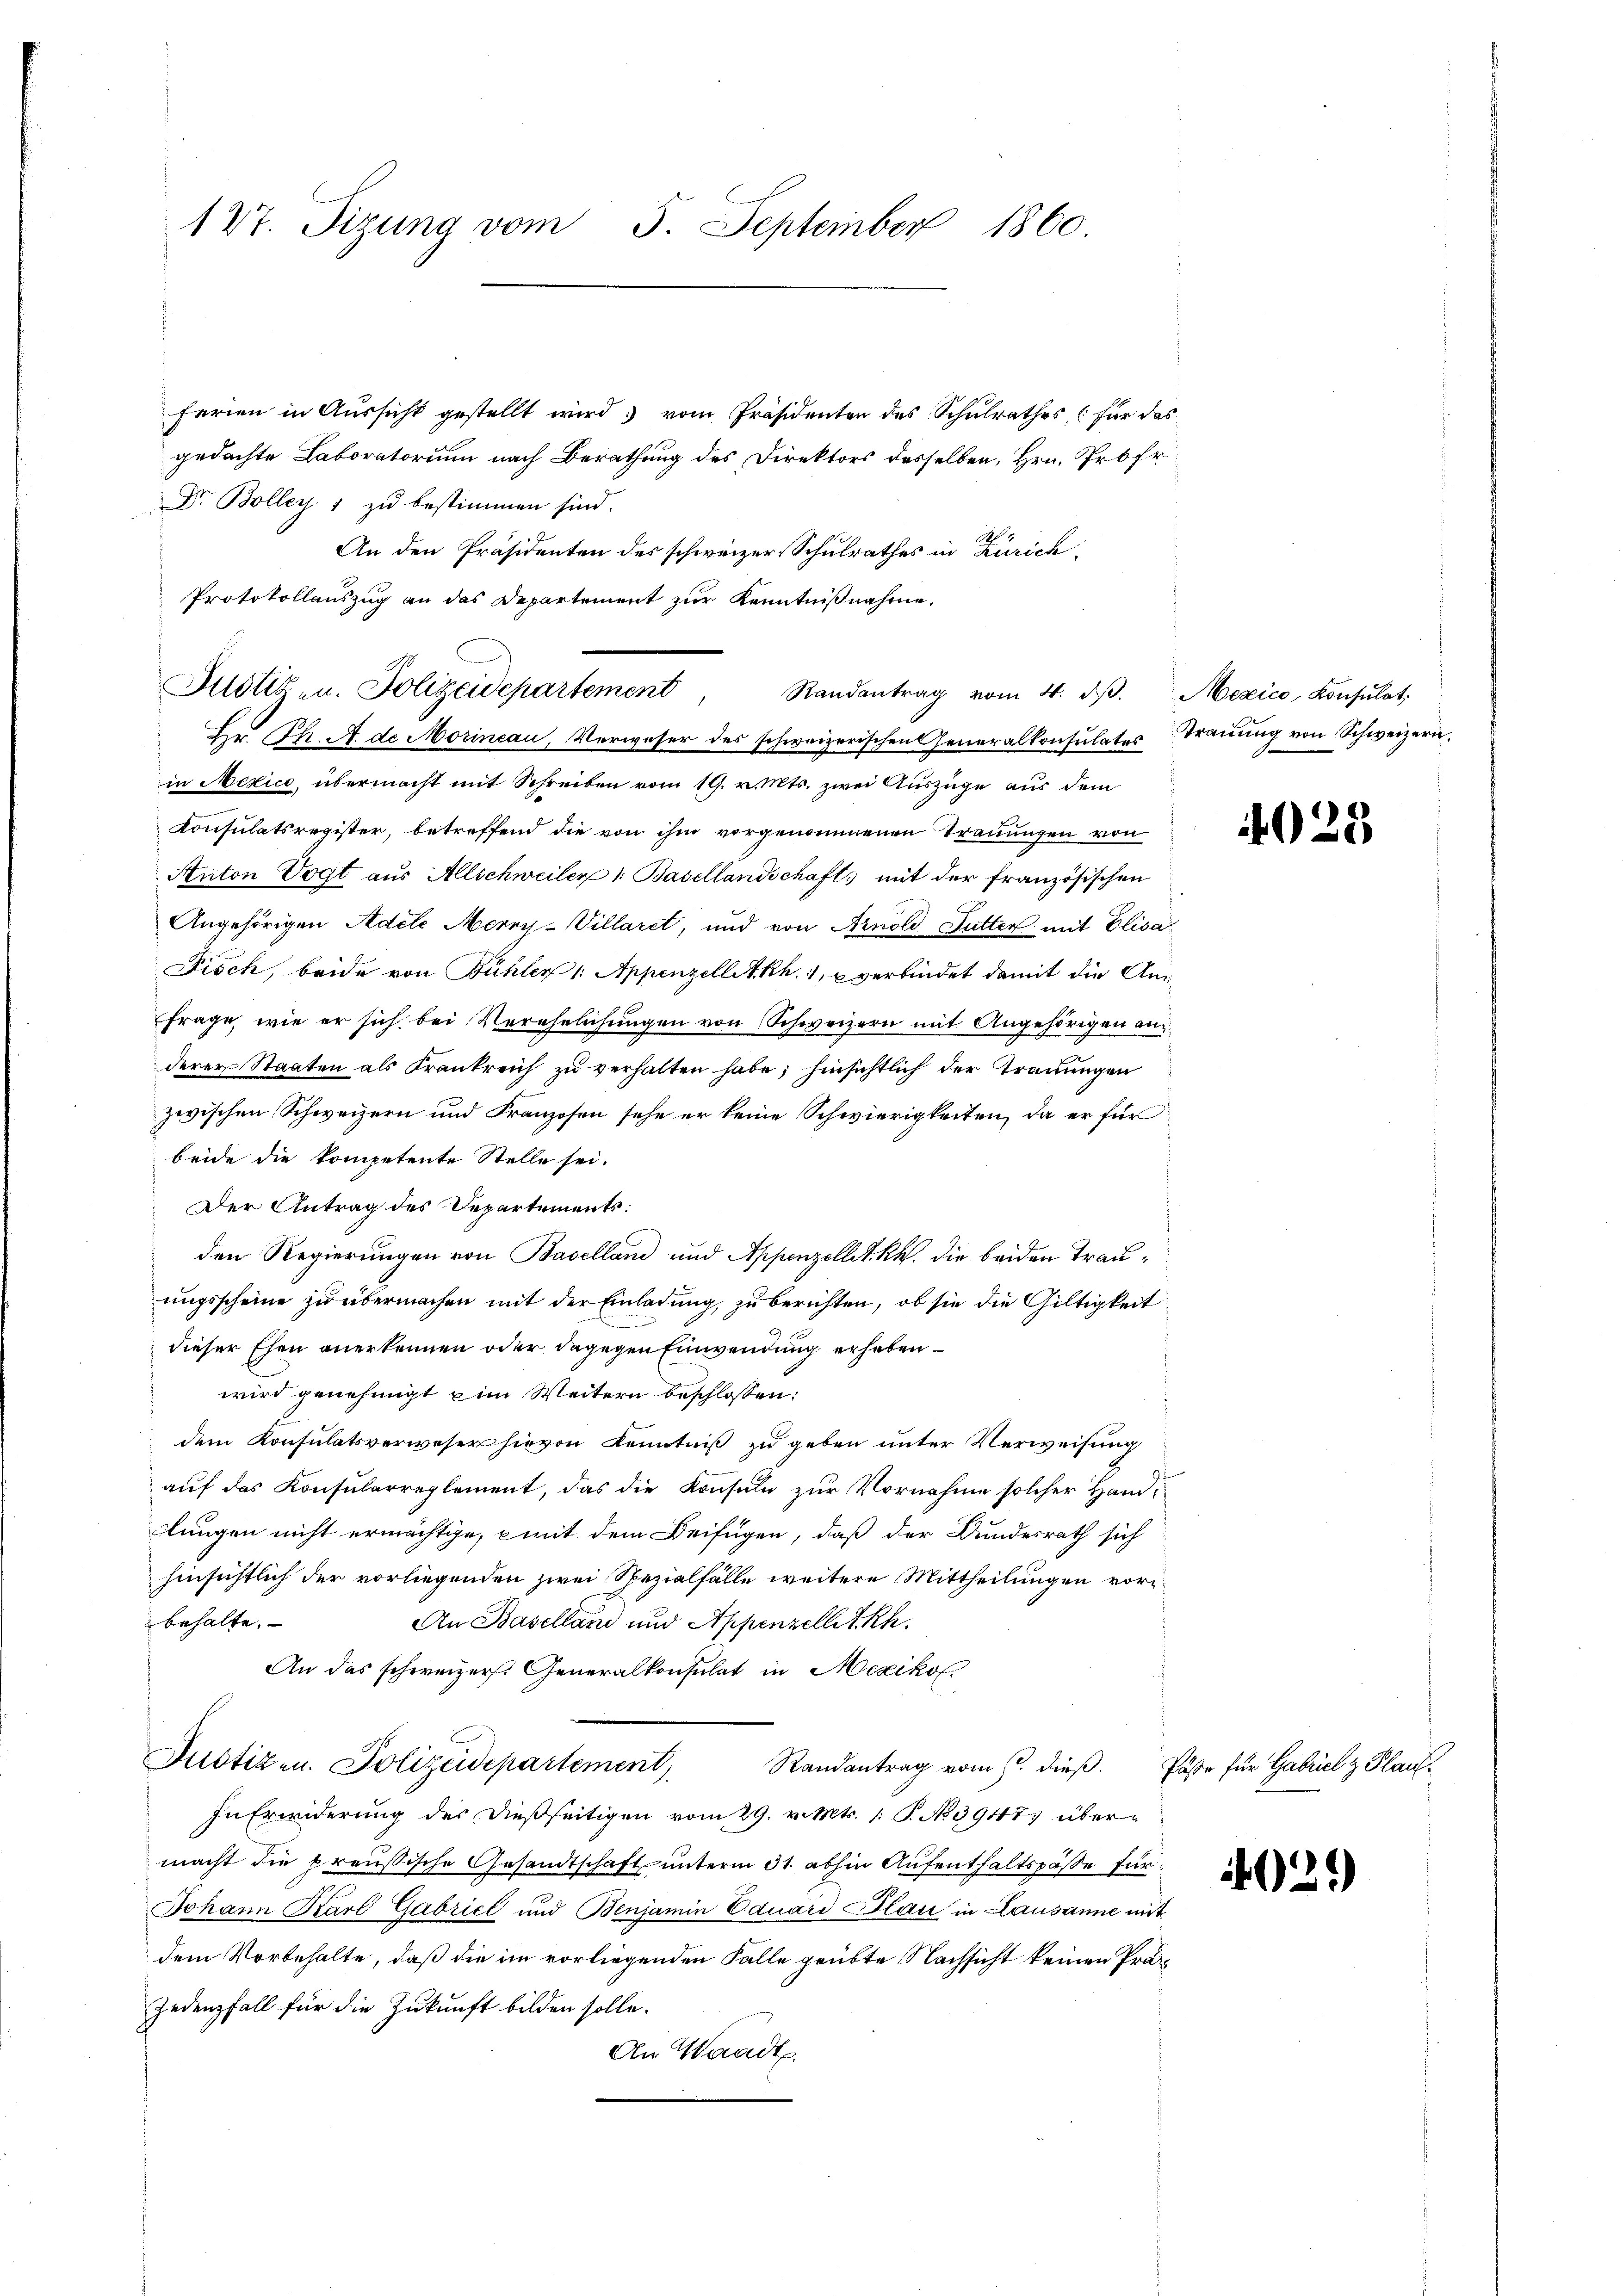
ferien in Aussicht gestellt wird; vom Präsidenten des Schulrathes, (für das
gedachte Laboratorium nach Berathung des Direktors desselben, Hrn. Profe
Dr. Bolley 1 zu bestimmen sind.
An den Präsidenten des schweizer Schulrathes in Zürich
Protokollauszug an das Departement zur Kenntnißnahme,
Hr. Ph. A. de Morincau, Verweser des schweizerischen Generalkonsulates Trauung von Schweizern.
in Mexico, übermacht mit Schreiben vom 19. v. Mts. zwei Auszüge aus dem
Consulatsregister, betreffend die von ihm vorgenommenen Trauungen von
Anton Vogt aus Allschweiler 1. Basellandschaft mit der französischen
Angehörigen Adele Merry-Villaret, und von Arnold Futter mit Elisa
Fisch, beide von Bühler 1. Appenzelletkh. 1, u verbindet damit die An¬
Frage, wie er sich bei Verehelichungen von Schweizern mit Angehörigen an
derer Staaten als Frankreich zu verhalten habe; hinsichtlich der Trauungen
zwischen Schweizern und Franzosen sehe er keine Schwierigkeiten, da er für
beide die kompetente Stelle sei.
Der Antrag des Departements:
den Regierungen von Baselland und Appenzellet kk. die beiden Trauungsscheine zu übermachen mit der Einladung, zu berichten, ob sie die Gültigkeit
dieser Ehen anerkennen oder dagegen Einwendung erheben
wird genehmigt im Weitern beschlossen:
dem Konsulatsverweser hievon Kenntniß zu geben unter Verweisung
auf das Konsularreglement, das die Konsuln zur Vornahme solcher Handlungen nicht ermächtige, mit dem Beifügen, daß der Bundesrath sich
hinsichtlich der vorliegenden zwei Spezialfälle weitere Mittheilungen vorbehalte.
An Baselland und Appenzellet kh.
An das schweizers. Generalkonsulat in Mexikos
Justizen. Polizeidepartement Randantrag vom 6. dieβ. Päße für Gabel & Plau¬
In Erwiderung des dießseitigen vom 29. v. Mts. 1 S. No 3917 übermacht die preussische Gesandtschaft unterm 31. abhin Aufenthaltspasse für¬
Johann Karl Gabrici und Benjamin Eduard Plan in Lausanne mit
dem Vorbehalte, daß die im vorliegenden Falle geübte Nachsicht keinen Prä¬
Jedenzfall für die Zukunft bilden solle.
An Waadt.

Justiz- u. Polizeidepartement Randantrag vom 4. dβ. Mexico Konsulat

127. Sizung vom 5. September 1860.

40.

029)

2